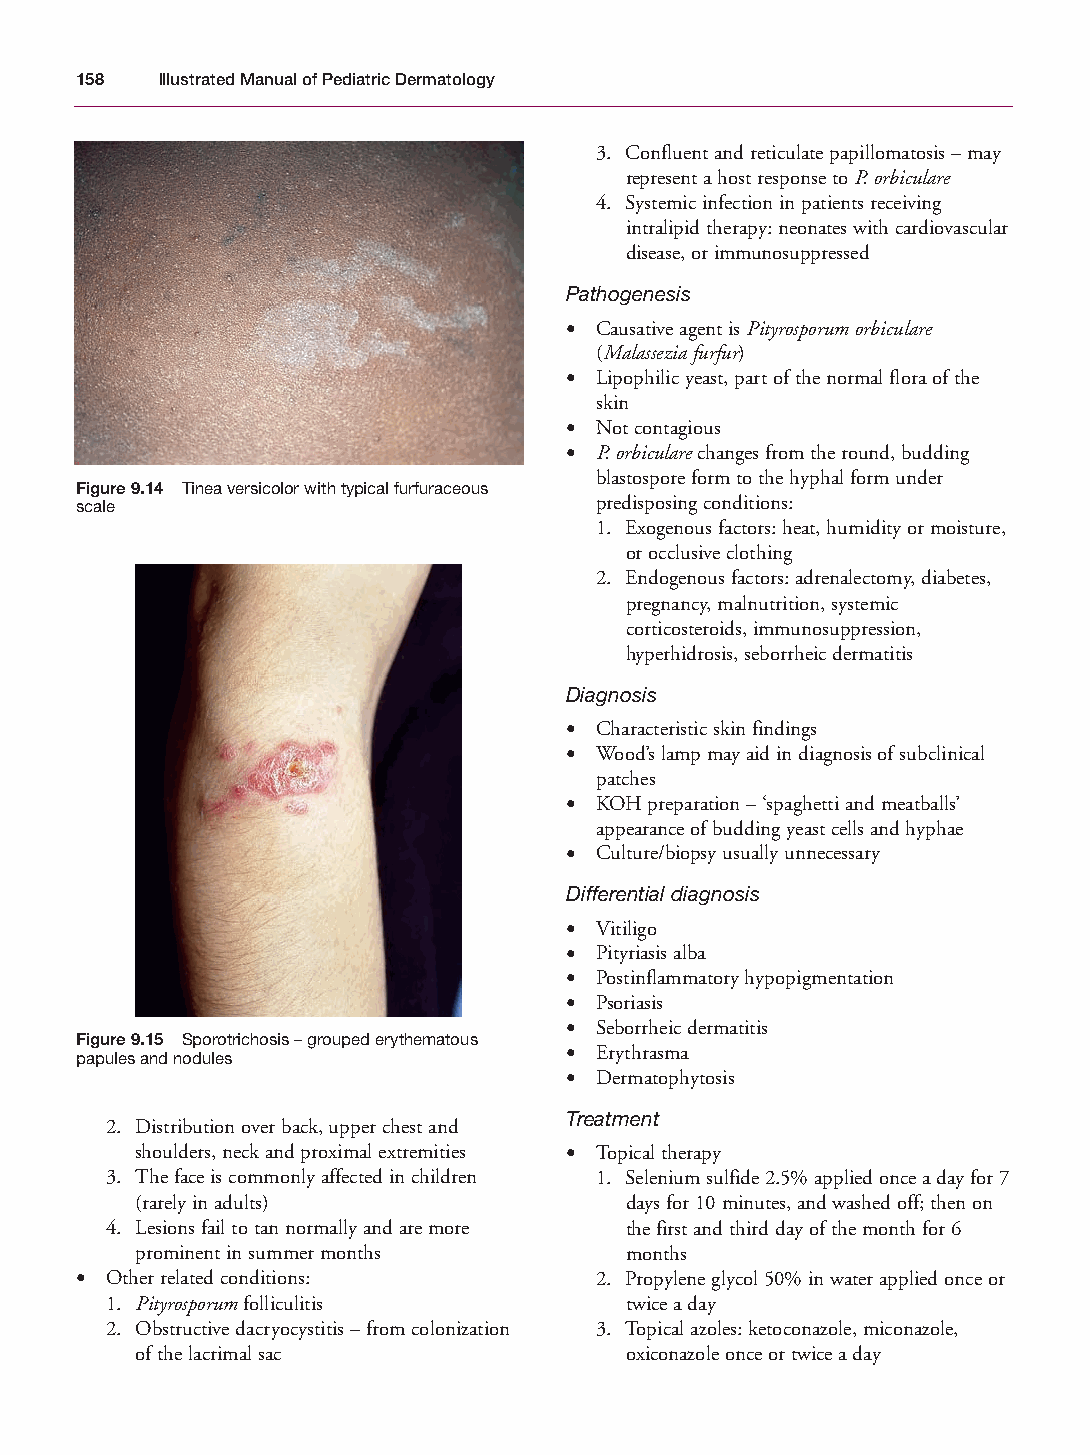
Mallory Chapter 09 27/1/05 2:02 pm Page 158
 158  Illustrated Manual of Pediatric Dermatology
 3. Confluent and reticulate papillomatosis – may
 represent a host response to P. orbiculare
 4. Systemic infection in patients receiving
 intralipid therapy: neonates with cardiovascular
 disease, or immunosuppressed
 Pathogenesis
 • Causative agent is Pityrosporum orbiculare
 (Malassezia furfur)
 • Lipophilic yeast, part of the normal flora of the
 skin
 • Not contagious
 • P. orbicularechanges from the round, budding
 blastospore form to the hyphal form under
 Figure 9.14 Tinea versicolor with typical furfuraceous
 scale                             predisposing conditions:
 1. Exogenous factors: heat, humidity or moisture,
 or occlusive clothing
 2. Endogenous factors: adrenalectomy, diabetes,
 pregnancy, malnutrition, systemic
 corticosteroids, immunosuppression,
 hyperhidrosis, seborrheic dermatitis
 Diagnosis
 • Characteristic skin findings
 • Wood’s lamp may aid in diagnosis of subclinical
 patches
 • KOH preparation – ‘spaghetti and meatballs’
 appearance of budding yeast cells and hyphae
 • Culture/biopsy usually unnecessary
 Differential diagnosis
 • Vitiligo
 • Pityriasis alba
 • Postinflammatory hypopigmentation
 • Psoriasis
 • Seborrheic dermatitis
 Figure 9.15 Sporotrichosis – grouped erythematous
 • Erythrasma
 papules and nodules
 • Dermatophytosis
 Treatment
 2. Distribution over back, upper chest and
 shoulders, neck and proximal extremities • Topical therapy
 3. The face is commonly affected in children 1. Selenium sulfide 2.5% applied once a day for 7
 (rarely in adults)              days for 10 minutes, and washed off; then on
 4. Lesions fail to tan normally and are more the first and third day of the month for 6
 prominent in summer months      months
 • Other related conditions:       2. Propylene glycol 50% in water applied once or
 1. Pityrosporumfolliculitis       twice a day
 2. Obstructive dacryocystitis – from colonization 3. Topical azoles: ketoconazole, miconazole,
 of the lacrimal sac             oxiconazole once or twice a day